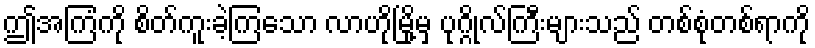
ဤအကြံကို စိတ်ကူးခဲ့ကြသော လာဟိုမြို့မှ ပုဂ္ဂိုလ်ကြီးများသည် တစ်စုံတစ်ရာကို